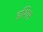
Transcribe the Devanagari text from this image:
हशिम